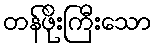
တန်ဖိုးကြီးသော